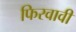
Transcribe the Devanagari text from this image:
फिरवावी